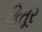
ફિતૂર